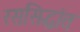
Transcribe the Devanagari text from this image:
रससिद्धांतः